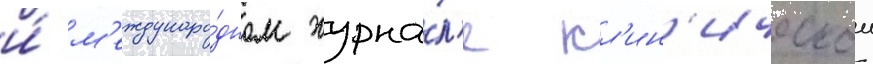
и́ м'еждунаро́дном журна́л'е кл'ин'ическои